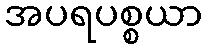
အပရပစ္စယာ